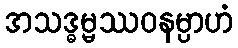
အသဒ္ဓမ္မဿဝနမ္ပာဟံ